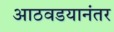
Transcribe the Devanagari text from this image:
आठवडयानंतर